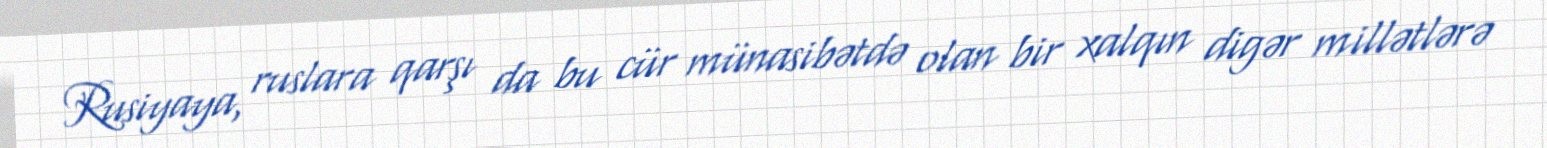
Rusiyaya, ruslara qarşı da bu cür münasibətdə olan bir xalqın digər millətlərə